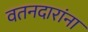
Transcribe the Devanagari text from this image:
वतनदारांना